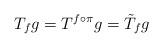
LaTeX: \begin{align*}T_fg= T^{f\circ\pi}g=\tilde T_fg\end{align*}